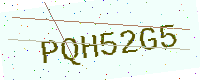
Text: PQH52G5